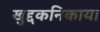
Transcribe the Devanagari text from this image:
खुद्दकनिकाय।